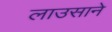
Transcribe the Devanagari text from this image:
लाउसाने